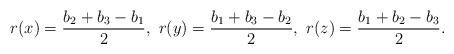
LaTeX: \begin{align*}r(x)=\frac{b_2+b_3-b_1}{2},\ r(y)=\frac{b_1+b_3-b_2}{2},\ r(z)=\frac{b_1+b_2-b_3}{2}.\end{align*}